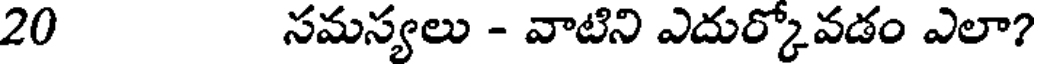
20 సమస్యలు - వాటిని ఎదుర్కోవడం ఎలా?